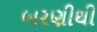
બરણીથી